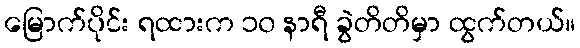
မြောက်ပိုင်း ရထားက ၁၀ နာရီ ခွဲတိတိမှာ ထွက်တယ်။